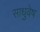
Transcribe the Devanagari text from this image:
साधुवेष